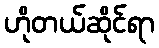
ဟိုတယ်ဆိုင်ရာ